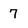
Character: 7